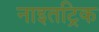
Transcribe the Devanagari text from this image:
नाइतट्रिक